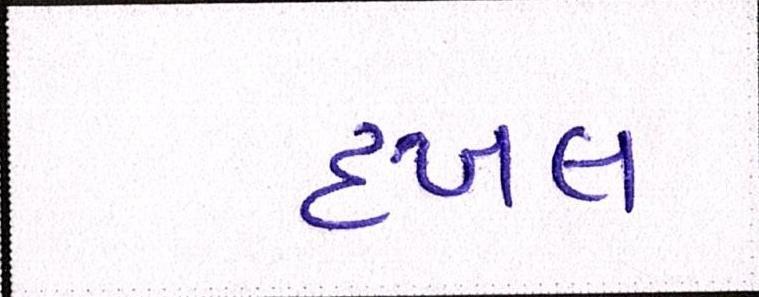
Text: દખલ